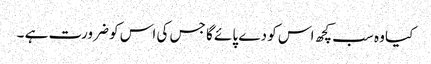
کیا وہ سب کچھ اس کو دے پائے گا جس کی اس کو ضرورت ہے ۔